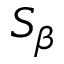
S _ { \beta }